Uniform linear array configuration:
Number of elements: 12
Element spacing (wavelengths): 1
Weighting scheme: hann
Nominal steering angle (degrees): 60
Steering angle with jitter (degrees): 60.13
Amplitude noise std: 0.05
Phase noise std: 0.05

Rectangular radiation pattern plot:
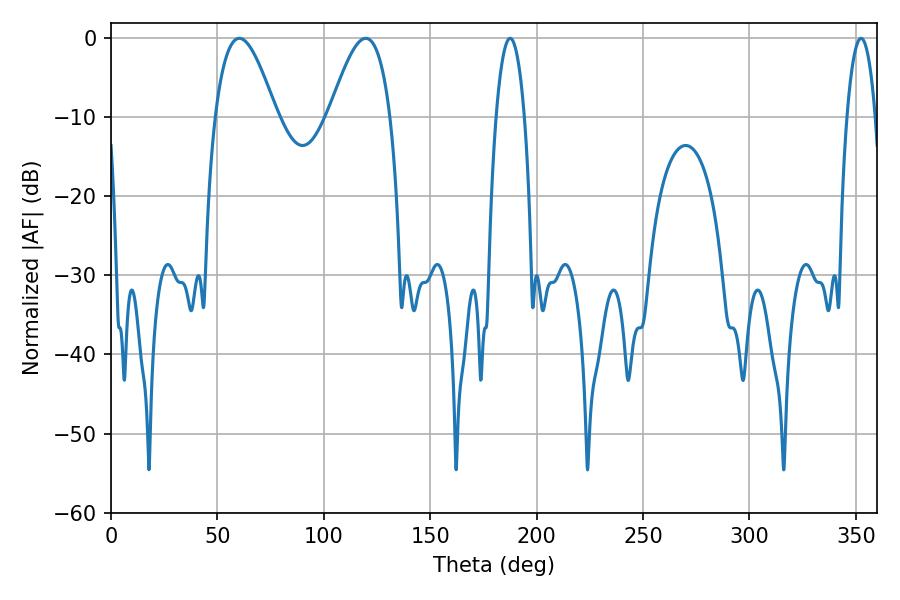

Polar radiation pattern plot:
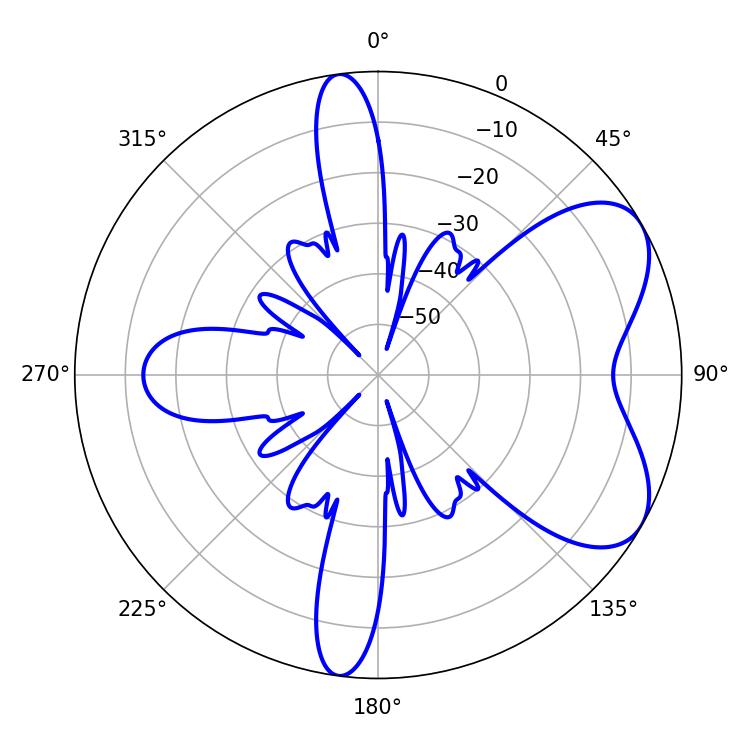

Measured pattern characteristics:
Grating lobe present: TRUE
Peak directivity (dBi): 6.159
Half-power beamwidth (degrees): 15.66
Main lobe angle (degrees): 60.3